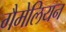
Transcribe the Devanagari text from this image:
गैमेलियन